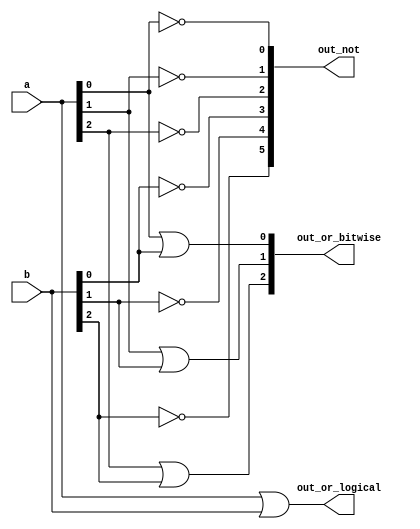
// Statement
// Circuit image: https://hdlbits.01xz.net/mw/images/1/1b/Vectorgates.png
// Build a circuit that has two 3-bit inputs that computes the bitwise-OR of the two vectors,
// the logical-OR of the two vectors, and the inverse (NOT) of both vectors.
// Place the inverse of b in the upper half of out_not (i.e., bits [5:3]), and the inverse of a in the lower half.


// solution
module top_module( 
    input [2:0] a,
    input [2:0] b,
    output [2:0] out_or_bitwise,
    output out_or_logical,
    output [5:0] out_not
);
    // we want 3 output from the or gate in bitwise operation
    // It will also work in the case of logical operation
    assign out_or_bitwise[0] = a[0] | b[0];
    assign out_or_bitwise[1] = a[1] | b[1];
    assign out_or_bitwise[2] = a[2] | b[2];
    
    // we want one output from the bitwise operation
    assign out_or_logical = a || b;
    
    // we want 6 out put from the not gate out
    assign out_not[0] = ~a[0];
    assign out_not[1] = ~a[1];
    assign out_not[2] = ~a[2];
    assign out_not[3] = ~b[0];
    assign out_not[4] = ~b[1];
    assign out_not[5] = ~b[2];

endmodule